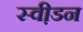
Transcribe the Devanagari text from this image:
स्वी़डन